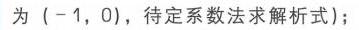
为\((-1,0)\)，待定系数法求解析式）；